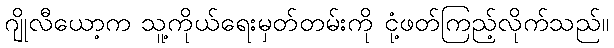
ဂျိုလီယော့က သူ့ကိုယ်ရေးမှတ်တမ်းကို ငုံ့ဖတ်ကြည့်လိုက်သည်။